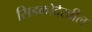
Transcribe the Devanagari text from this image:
सिडकोदेखील